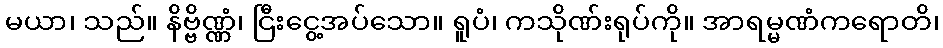
မယာ၊ သည်။ နိဗ္ဗိဏ္ဏံ၊ ငြီးငွေ့အပ်သော။ ရူပံ၊ ကသိုဏ်းရုပ်ကို။ အာရမ္မဏံကရောတိ၊